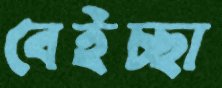
বেইচ্ছা